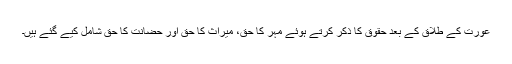
عورت کے طلاق کے بعد حقوق کا ذکر کرتے ہوئے مہر کا حق، میراث کا حق اور حضانت کا حق شامل کیے گئے ہیں۔